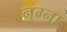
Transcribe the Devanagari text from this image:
नग्ना